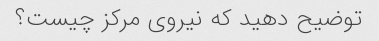
توضیح دهید که نیروی مرکز چیست؟